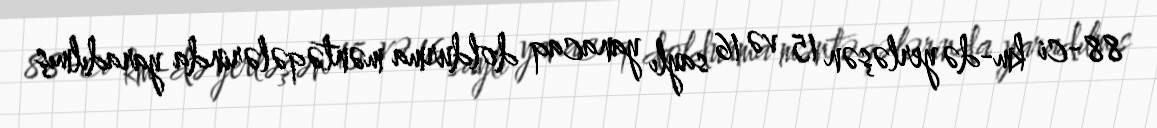
88-ci km-də yerləşən 15 və 16 saylı yanacaq doldurma məntəqələrinda yaradılmış